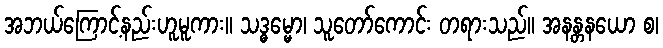
အဘယ်ကြောင့်နည်းဟူမူကား။ သဒ္ဓမ္မော၊ သူတော်ကောင်း တရားသည်။ အနန္တနယော စ၊